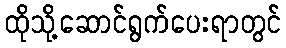
ထိုသို့ဆောင်ရွက်ပေးရာတွင်